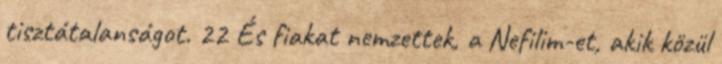
tisztátalanságot. 22 És fiakat nemzettek, a Nefilim-et, akik közül